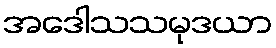
အဒေါသသမုဒယာ